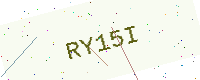
Text: RY15I